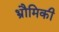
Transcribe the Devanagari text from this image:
भ्रौमिकी